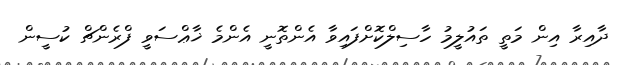
ދާއިރާ އިން މަތީ ތައުލީމު ހާސިލްކޮށްފައިވާ އެންތޮނީ އެންމެ ޚާޢްސަވީ ފްރެންޗް ކުސީން